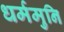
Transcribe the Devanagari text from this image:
धर्ममुनि